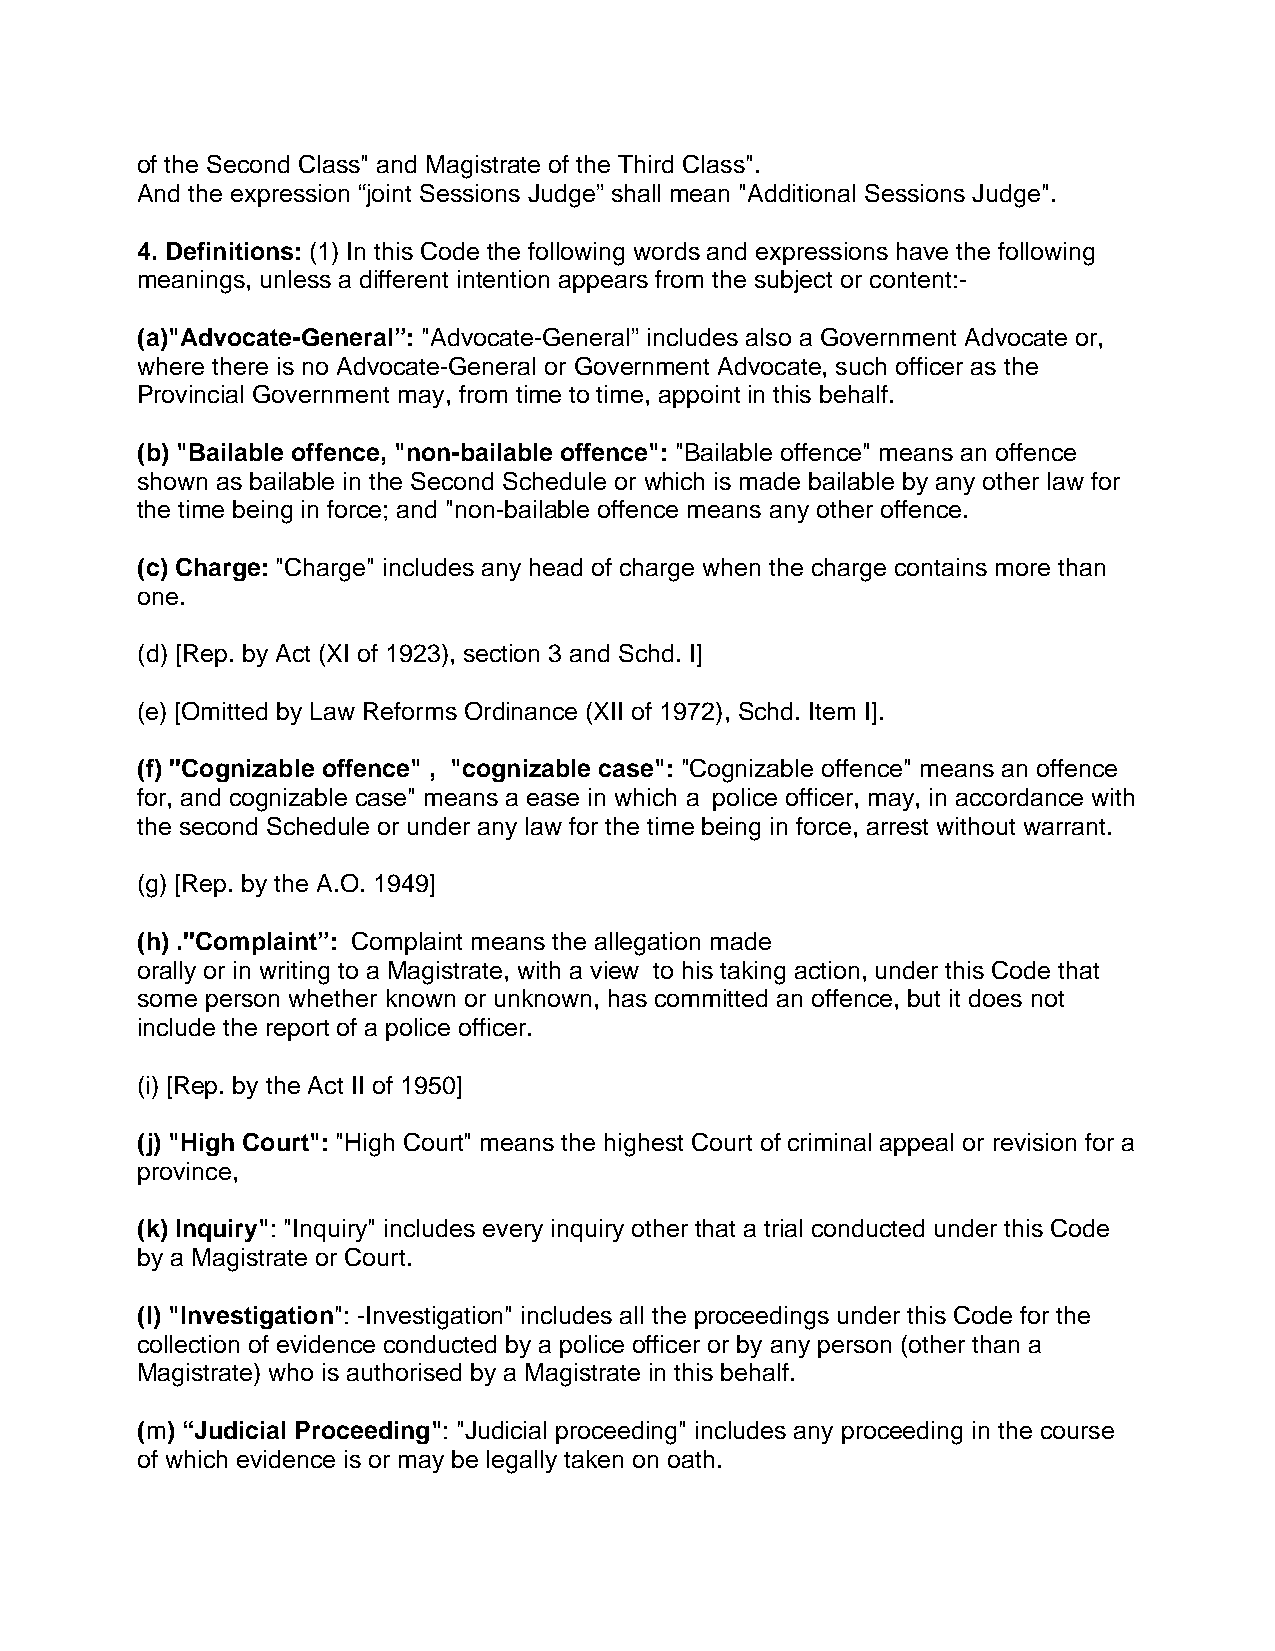
of the Second Class" and Magistrate of the Third Class".
 And the expression “joint Sessions Judge” shall mean "Additional Sessions Judge".
 4. Definitions: (1) In this Code the following words and expressions have the following
 meanings, unless a different intention appears from the subject or content:-
 (a)"Advocate-General”: "Advocate-General” includes also a Government Advocate or,
 where there is no Advocate-General or Government Advocate, such officer as the
 Provincial Government may, from time to time, appoint in this behalf.
 (b) "Bailable offence, "non-bailable offence": "Bailable offence" means an offence
 shown as bailable in the Second Schedule or which is made bailable by any other law for
 the time being in force; and "non-bailable offence means any other offence.
 (c) Charge: "Charge" includes any head of charge when the charge contains more than
 one.
 (d) [Rep. by Act (XI of 1923), section 3 and Schd. I]
 (e) [Omitted by Law Reforms Ordinance (XII of 1972), Schd. Item I].
 (f) ''Cognizable offence" , "cognizable case": "Cognizable offence" means an offence
 for, and cognizable case" means a ease in which a police officer, may, in accordance with
 the second Schedule or under any law for the time being in force, arrest without warrant.
 (g) [Rep. by the A.O. 1949]
 (h) .''Complaint”: Complaint means the allegation made
 orally or in writing to a Magistrate, with a view to his taking action, under this Code that
 some person whether known or unknown, has committed an offence, but it does not
 include the report of a police officer.
 (i) [Rep. by the Act II of 1950]
 (j) "High Court": "High Court" means the highest Court of criminal appeal or revision for a
 province,
 (k) Inquiry": "Inquiry" includes every inquiry other that a trial conducted under this Code
 by a Magistrate or Court.
 (l) "Investigation": -Investigation" includes all the proceedings under this Code for the
 collection of evidence conducted by a police officer or by any person (other than a
 Magistrate) who is authorised by a Magistrate in this behalf.
 (m) “Judicial Proceeding": "Judicial proceeding" includes any proceeding in the course
 of which evidence is or may be legally taken on oath.